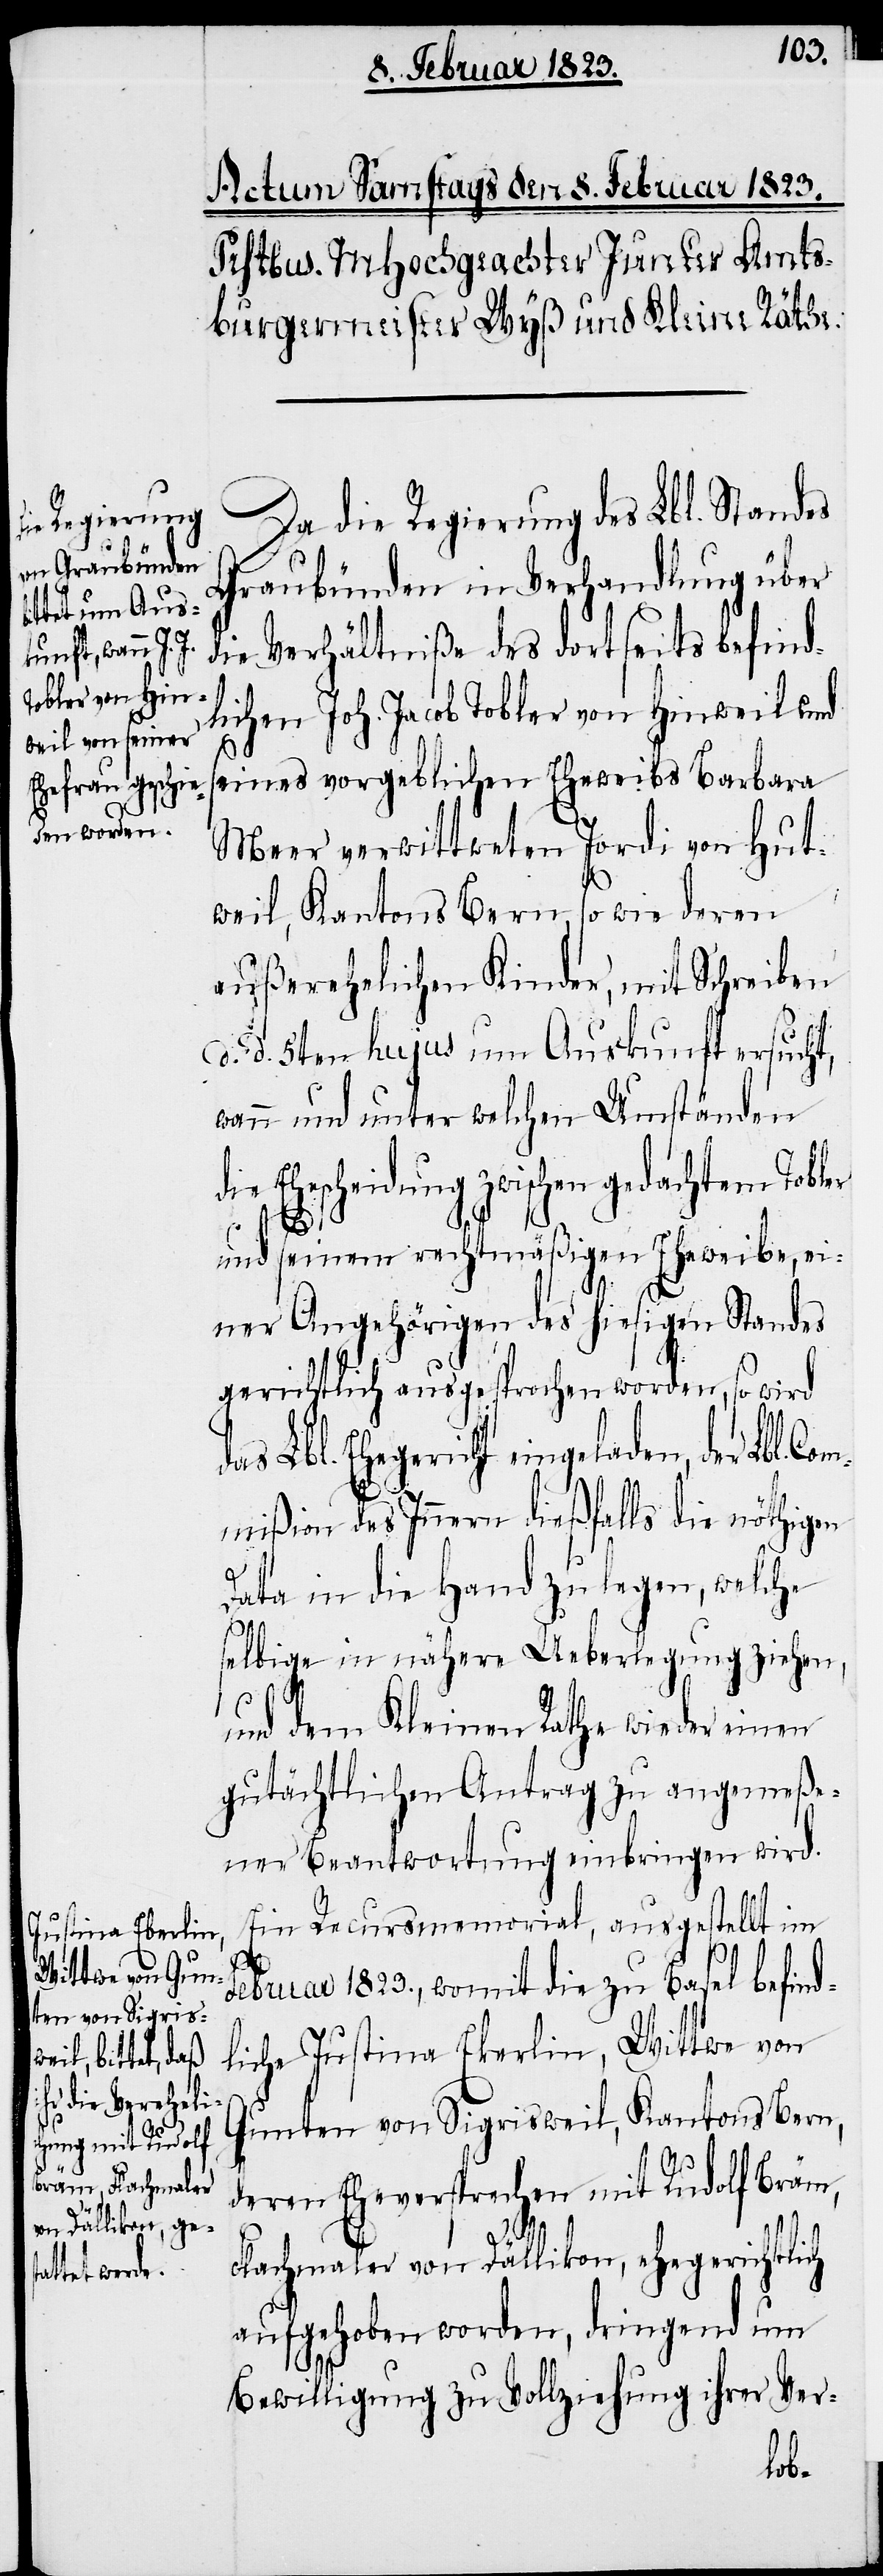
Justina Ekerlin
Wittwe von Gu¬

Da die Regierung des Lbl. Standes
Graubünden in Verhandlung über
die Verhältniße des dortseits befind¬
lichen Joh. Jacob Tobler von Hinweil und
seines vorgeblichen Eheweibs Barbara
Meer verwittweten Jordi von Hutt¬
weil, Kantons Bern, so wie deren
außerehelichen Kinder, mit Schreiben
d. d. 5ten hujus um Auskunft ersucht,
wann und unter welchen Umständen
die Ehescheidung zwischen gedachtem Tobler
Com¬
und seinem rechtmäßigen Eheweibe, ei¬
ner Angehörigen des hiesigen Standes
gerichtlich ausgesprochen worden, so wird
das Lbl. Ehegericht eingeladen,
mißion des Innern dießfalls die nöthigen
Data in die Hand zu legen, welche
selbige in nähere Ueberlegung ziehen,
und dem Kleinen Rathe wieder einen
gutächtlichen Antrag zu angemeße¬
ner Beantwortung einbringen wird.
Ein Recursmemorial, ausgestellt im
Februar 1823., womit die zu Basel befind¬
nten von Sigrisweil, Kantons Bern,
deren Eheversprechen mit Rudolf Bräm,
der Lbl.
Flachmaler von Dällikon, ehegerichtlich
aufgehoben worden, dringend um
Bewilligung zu Vollziehung ihrer Ver-
liche